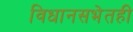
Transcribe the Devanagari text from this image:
विधानसभेतही